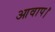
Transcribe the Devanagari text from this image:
आवाप।